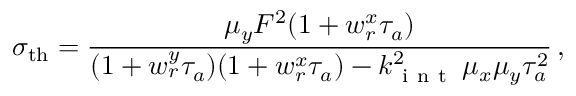
\sigma _ { \mathrm { t h } } = \frac { \mu _ { y } { \cal F } ^ { 2 } ( 1 + w _ { r } ^ { x } \tau _ { a } ) } { ( 1 + w _ { r } ^ { y } \tau _ { a } ) ( 1 + w _ { r } ^ { x } \tau _ { a } ) - k _ { \mathrm { ~ i ~ n ~ t ~ } } ^ { 2 } \, \mu _ { x } \mu _ { y } \tau _ { a } ^ { 2 } } \, ,